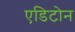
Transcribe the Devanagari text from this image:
एडिटोन